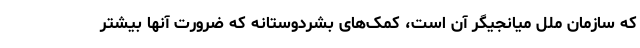
که سازمان ملل میانجیگر آن است، کمک‌های بشردوستانه که ضرورت آنها بیشتر